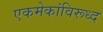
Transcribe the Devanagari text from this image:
एकमेकांविरूध्द